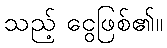
သည့် ငွေဖြစ်၏။